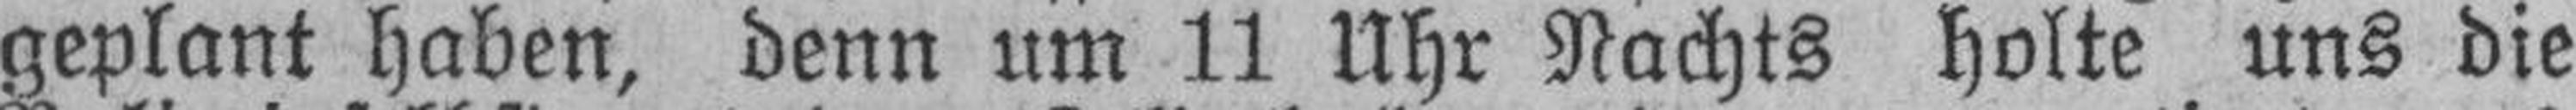
geplant haben, denn um 11 Uhr Nachts holte uns die